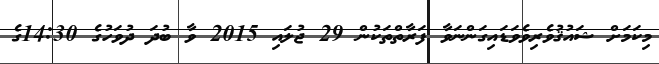
މިިކަމަށް ޝައުޤުވެރިވެވަޑައިގަންނަވާ ފަރާތްތަކުން 29 ޖުލައި 2015 ވާ ބުދަ ދުވަހުގެ 14:30ގެ